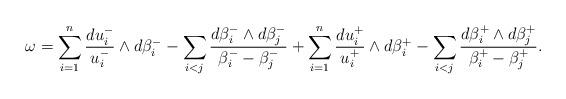
LaTeX: \begin{align*}\omega= \sum_{i=1}^n \frac{du_i^-}{u_i^-}\wedge d\beta_i^- -\sum_{i<j}\frac{d\beta_i^-\wedge d\beta_j^-}{\beta_i^--\beta_j^-} + \sum_{i=1}^n \frac{du_i^+}{u_i^+}\wedge d\beta_i^+ -\sum_{i<j}\frac{d\beta_i^+\wedge d\beta_j^+}{\beta_i^+-\beta_j^+}.\end{align*}